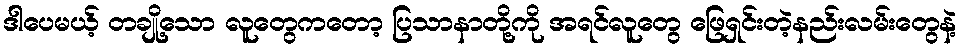
ဒါပေမယ့် တချို့သော လူတွေကတော့ ပြသာနာတို့ကို အရင်လူတွေ ဖြေရှင်းတဲ့နည်းလမ်းတွေနဲ့